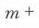
\(m +\)